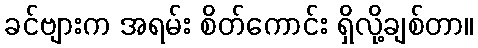
ခင်ဗျားက အရမ်း စိတ်ကောင်း ရှိလို့ချစ်တာ။